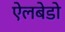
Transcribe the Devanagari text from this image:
ऐलबेडो